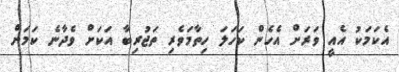
އެކަމަކު އެއީ ވަރަށް އެހެން ކަހަލަ ހިތާމަވެރި ތަޖުރިބާ އަކަށް ވެދާނެ ކަމަށް